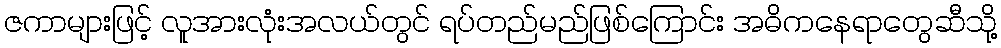
ဇကာများဖြင့် လူအားလုံးအလယ်တွင် ရပ်တည်မည်ဖြစ်ကြောင်း အဓိကနေရာတွေဆီသို့